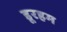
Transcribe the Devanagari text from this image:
डूरहम